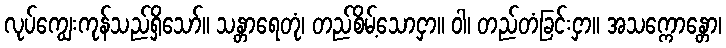
လုပ်ကျွေးကုန်သည်ရှိသော်။ သန္တာရေတုံ၊ တည်စိမ့်သောငှာ။ ဝါ၊ တည်တံခြင်းငှာ။ အသက္ကောန္တော၊